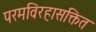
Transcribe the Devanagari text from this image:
परमविरहासक्तित